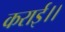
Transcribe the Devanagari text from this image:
कराई।।